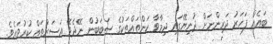
ބައެއް ފަހަރު ދަރިންނަށް ދުނިޔޭގައި ދިމާވާ ކަންތައްތަކުގެ ސަބަބުން ނޭދެވޭ އަސަރުތައް ކުރުވައެވެ.